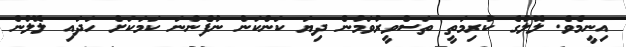
އިނީމެވެ. ލޮލުގެ ކުރިމަތީ ތަސްވީރުވަމުން ދިޔަ ކަންކަން ނުފެންނަ ކަމަކަށް ހަދައި ލޮލުން